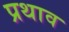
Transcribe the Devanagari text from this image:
प्रथाव